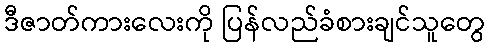
ဒီဇာတ်ကားလေးကို ပြန်လည်ခံစားချင်သူတွေ